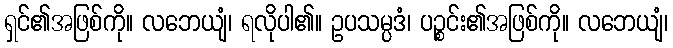
ရှင်၏အဖြစ်ကို။ လဘေယျံ၊ ရလိုပါ၏။ ဥပသမ္ပဒံ၊ ပဉ္စင်း၏အဖြစ်ကို။ လဘေယျံ၊